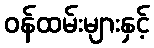
ဝန်ထမ်းများနှင့်